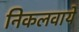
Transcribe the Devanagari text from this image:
निकलवाये